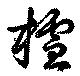
査